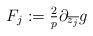
LaTeX: \begin{align*}F_j := \tfrac2p \partial_{\overline{z_j}} g \end{align*}